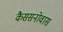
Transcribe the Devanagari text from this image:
कैससनोवास